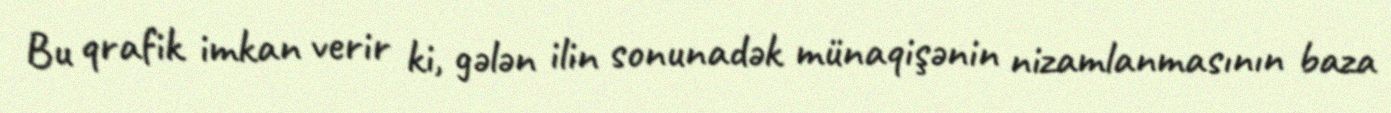
Bu qrafik imkan verir ki, gələn ilin sonunadək münaqişənin nizamlanmasının baza